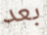
بعد